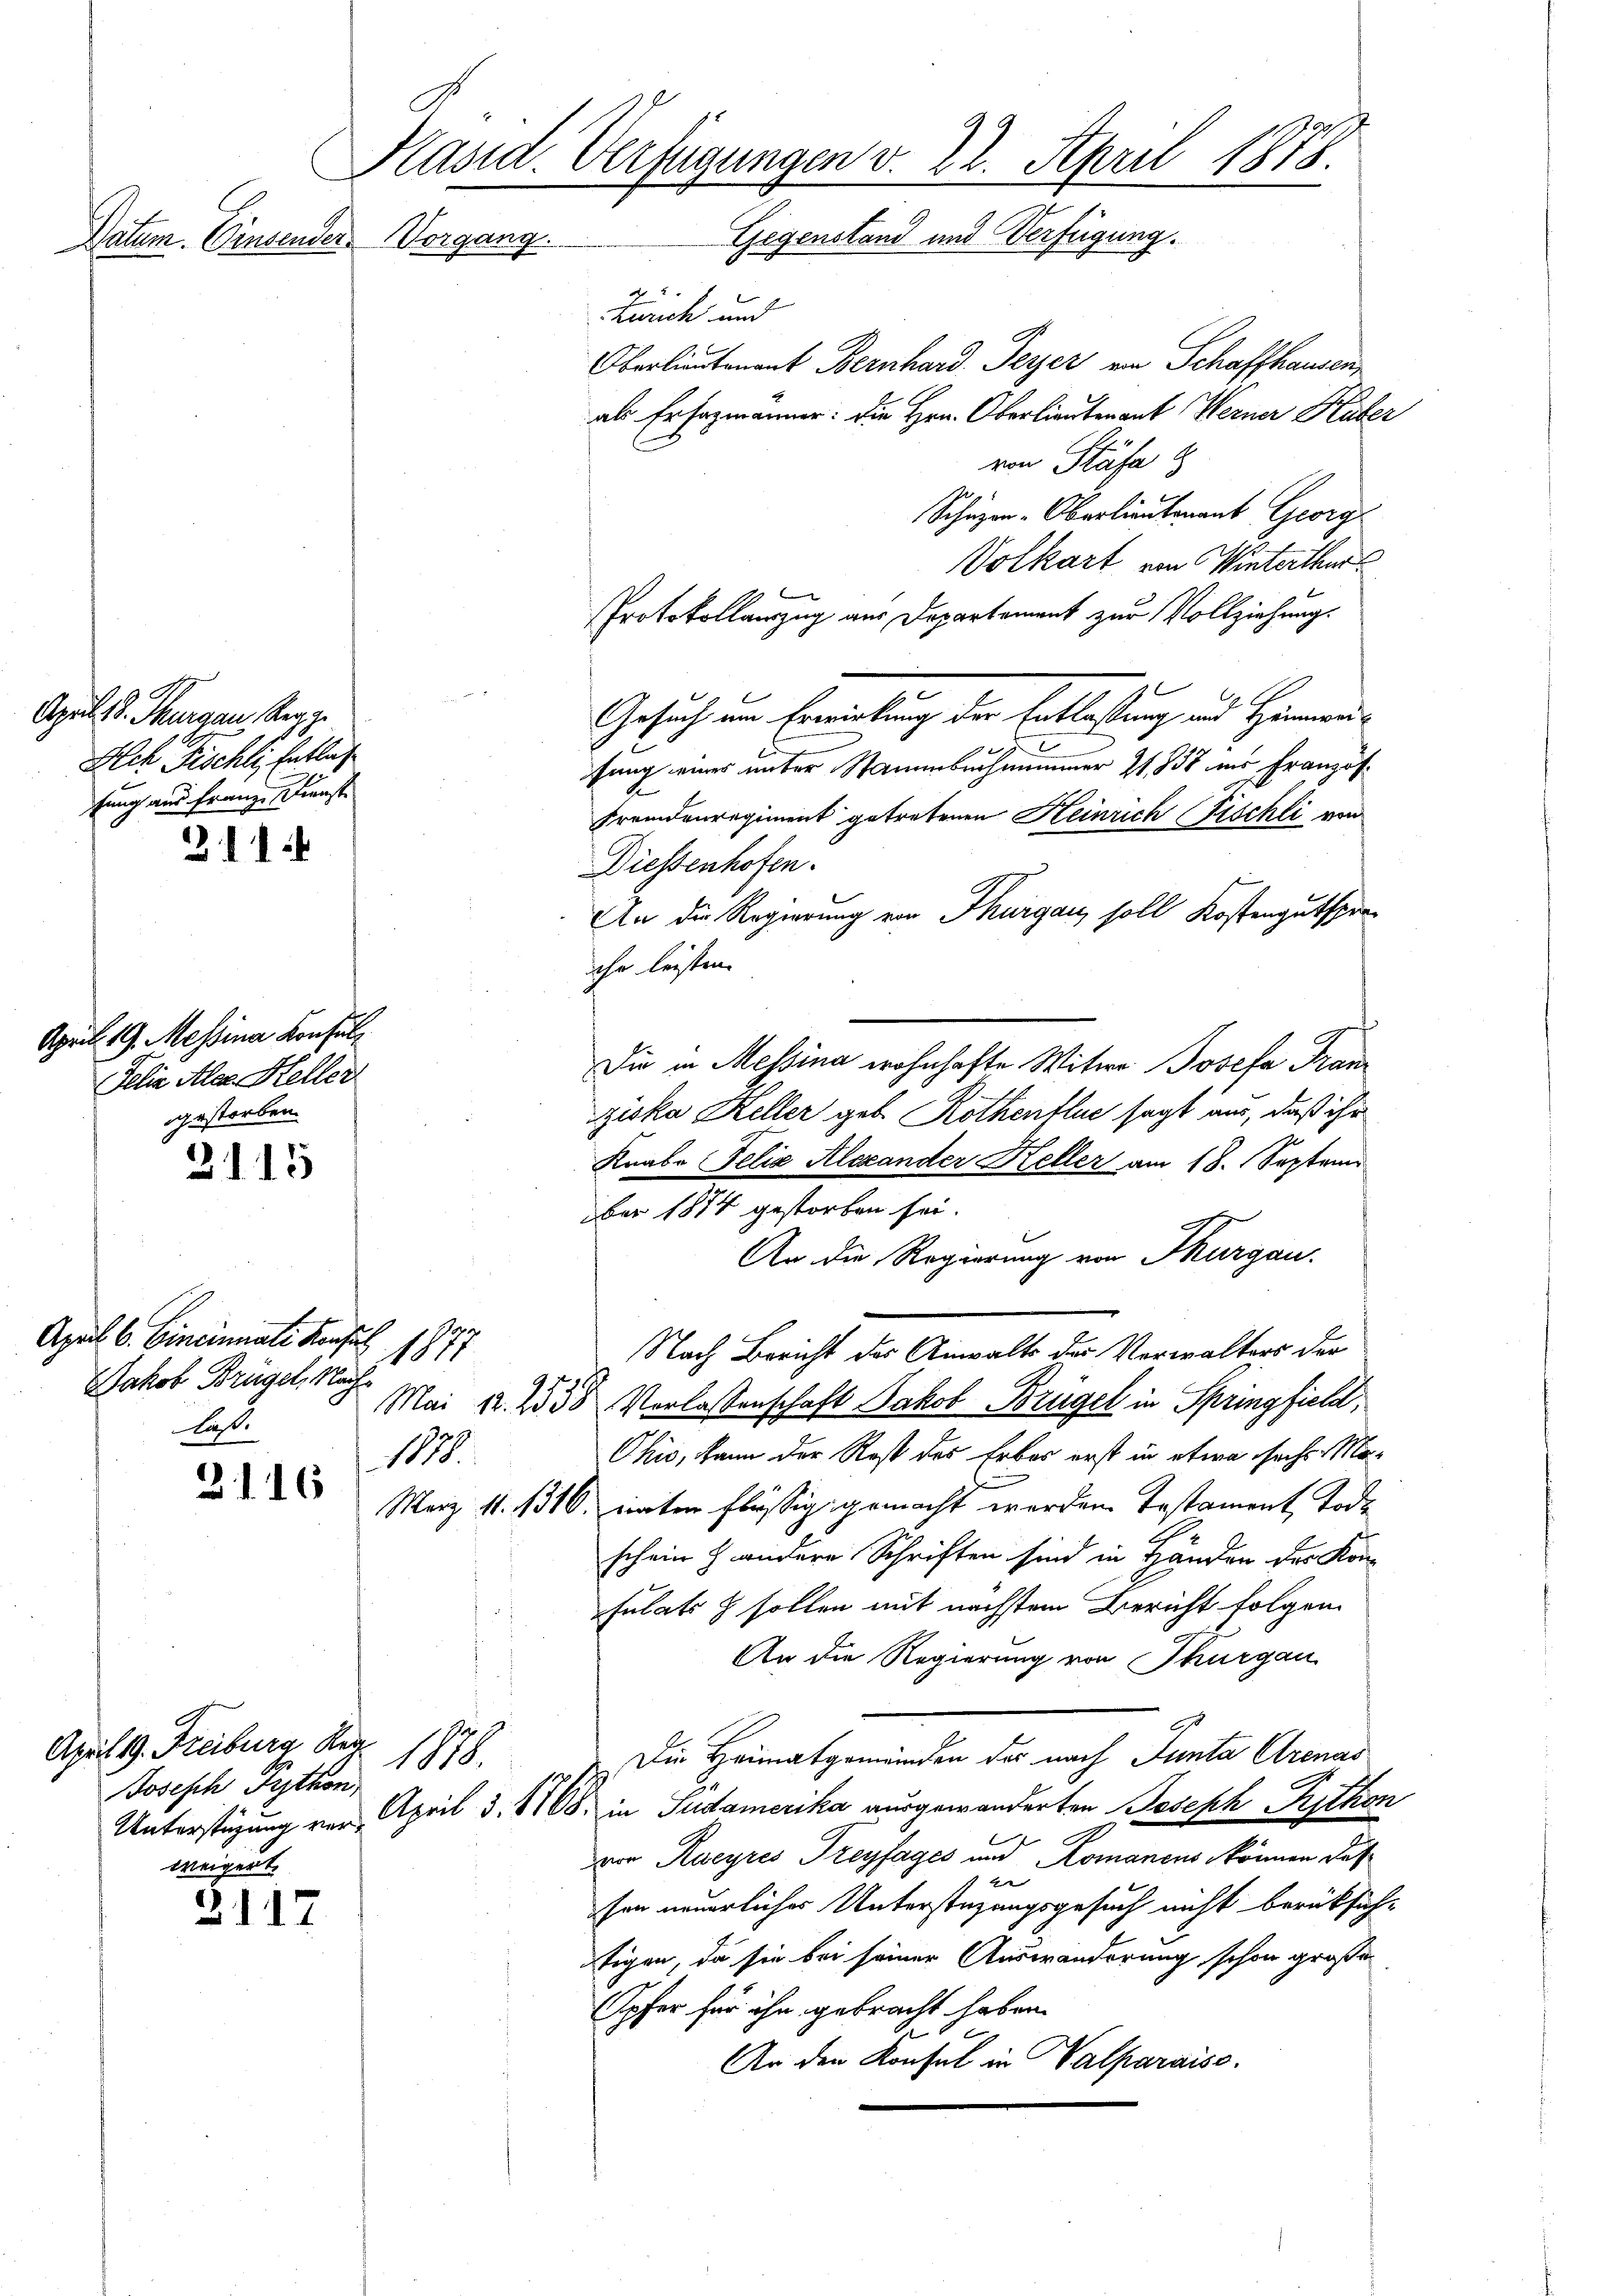
April 18. Thurgau, Rege
Ach Fischli, Entleh
fung aus Franz Dienst

21

April 19. Messina Konsul
Felia Alex Heller
gestorben.

April 6. Cincinali Konsul
Jakob Brügel, Nach¬
Ta
1878.
2. 116

Käsid. Verfügungen v. 22. April 1878.
Gegenstand und Verfügung.
Natum. Einsender Vorgang.
2

2115

2117

Zürich und
Oberlieutenant Bernhard Peyer von Schaffhausen,
als Ersezmänner: Die Hrn. Oberlieutenant Werner Huber
von Stäfa g
Schutzen-Oberlieutenant Georg
Volkart von Winterthur
Protokollauszug aus Departement zur Vollziehung.
 1
Gesuch von Erweitung der Entlastung und Himmens
fung eines unter Stammesrechnummer 2, 838 ins Französ¬
Fremdenregiment getretenen Heinrich Fischli von
Diesenhofen.
An die Regierung von Thurgau, soll Kostengutspreihr leisten.
Die in Messina wohnhafte Witwe Josefa Tram
ziska Keller geb. Rothenflue sagt aus, daß ihr
Knabe Felix Alexander Keller am 18. Septem
ber 1874 gestorben sei.
An die Regierung von Thurgau.
Nach Bericht des Anwalts der Verwalters der
1017.
Mai 12. 255 Vorlassenschaft Jakob Brügel in Springfield,
Ohio, kann der Rost des Erbas erst in etwa sechs Ma¬
März 1. 1316. unter flüssig gemacht werden Testament Tode
schein Handere Schriften sind in Händen des Kon-
sulats sollen mit nächstem Bericht folgen.
An die Regierung von Thurgau
 Die Heimatgemeinden der nach Panta Ctrenas
1818.
Unterstüzung von April d. 1168. in Gudamerika ausgewanderten Joseph Rython
von Rueyres Dreyfages und Romanens können das
sen neuerliches Unterstüzungsgesuch nicht berüksichtigen, da sie bei seiner Auswanderung schon großen
Opfer für ihn gebracht haben.
An den Konsul in Valparaise.

April 19. Freiburg, Reg
Joseph Python.
weigert.